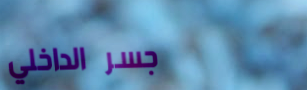
جسر الداخلي